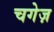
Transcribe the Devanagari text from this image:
चगेज़